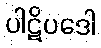
ပါဋိပဒေါ